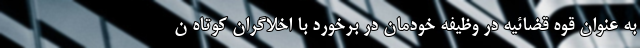
به عنوان قوه قضائیه در وظیفه خودمان در برخورد با اخلاگران کوتاه ن